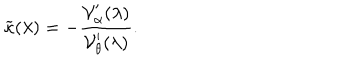
LaTeX: \widetilde { \kappa } ( \lambda ) = - \frac { { \cal V } _ { \alpha } ^ { \prime } ( \lambda ) } { { \cal V } _ { \theta } ^ { \prime } ( \lambda ) } .